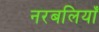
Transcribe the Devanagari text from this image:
नरबलियाँ